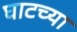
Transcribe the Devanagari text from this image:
घाटच्या